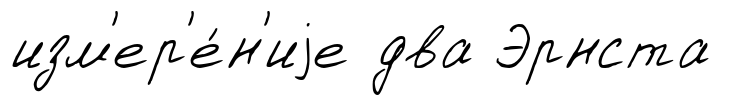
изм'ер'е́н'иjе два Эрнста